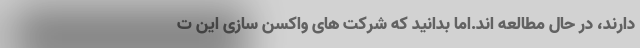
دارند، در حال مطالعه اند.‌اما بدانید که شرکت های واکسن سازی این ت